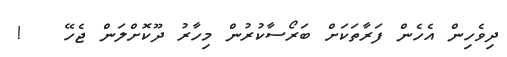
ދިވެހިން އެހެން ފަރާތަކަށް ބަރޯސާކުރުން މިހާރު ދޫކޮށްލަން ޖެހޭ   !